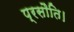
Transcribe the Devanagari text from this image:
प्रसौति।